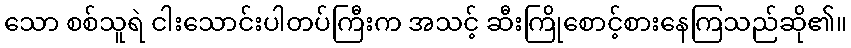
သော စစ်သူရဲ ငါးသောင်းပါတပ်ကြီးက အသင့် ဆီးကြိုစောင့်စားနေကြသည်ဆို၏။